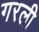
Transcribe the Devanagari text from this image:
गरली